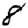
Digit: 8